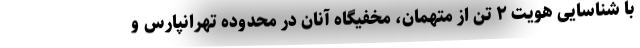
با شناسایی هویت ۲ تن از متهمان، مخفیگاه آنان در محدوده تهرانپارس و